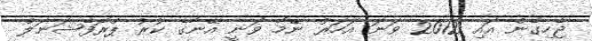
ޖެހިގެން އައި 2012 ވަނަ އަހަރު ނޭމާ ވަނީ އޭނާގެ ކުރު ޕްރޮފެޝަނަލް